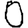
Digit: 0